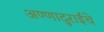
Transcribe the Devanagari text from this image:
अण्णादुराईंचे